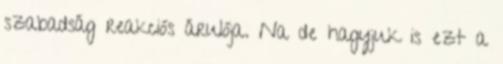
szabadság reakciós árulója. Na de hagyjuk is ezt a